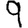
Digit: 9